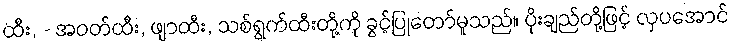
ထီး, - အဝတ်ထီး, ဖျာထီး, သစ်ရွက်ထီးတို့ကို ခွင့်ပြုတော်မူသည်။ ပိုးချည်တို့ဖြင့် လှပအောင်